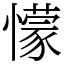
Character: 懞